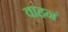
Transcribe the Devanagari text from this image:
वाहनं